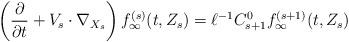
LaTeX: \begin{align*}\left(\frac{\partial}{\partial t} + V_s\cdot \nabla_{X_s}\right)f_\infty^{(s)} (t,Z_s) = \ell^{-1} C_{s+1}^0 f_\infty^{(s+1)} (t,Z_s)\end{align*}